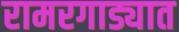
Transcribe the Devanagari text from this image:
रामरगाड्यात